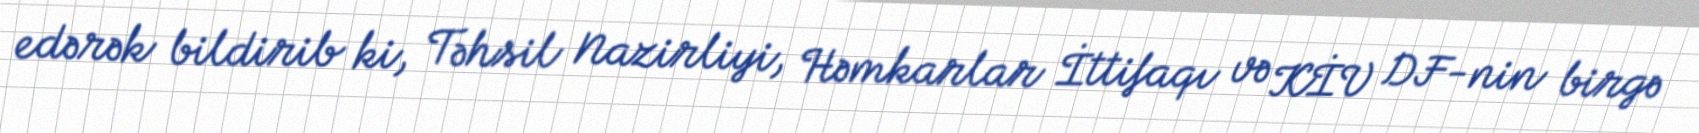
edərək bildirib ki, Təhsil Nazirliyi, Həmkarlar İttifaqı və KİV DF-nin birgə